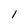
Character: l